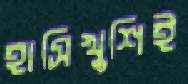
হাসিখুশিই